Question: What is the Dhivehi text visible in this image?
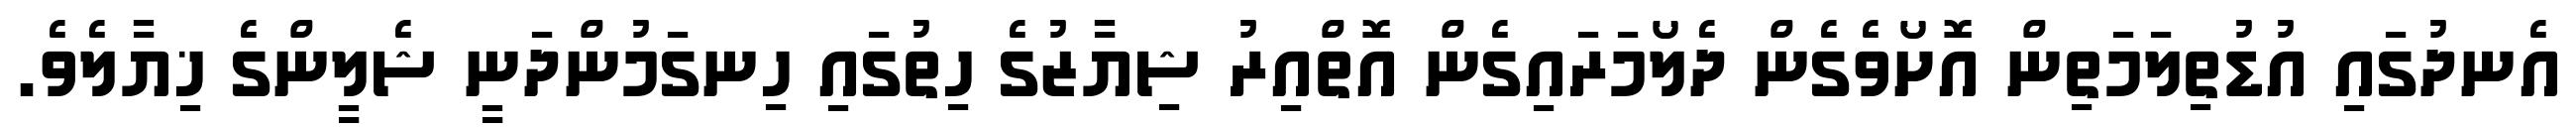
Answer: އެނދުގައި އުޑުތިލަމަތިން އޮށޯވެގެން ދެލޯމަރައިގެން އޮތްއިރު ޝިޔާޒުގެ ހިތުގައި ހިނގަމުންދަނީ ޝެލީންގެ ޚިޔާލެވެ.